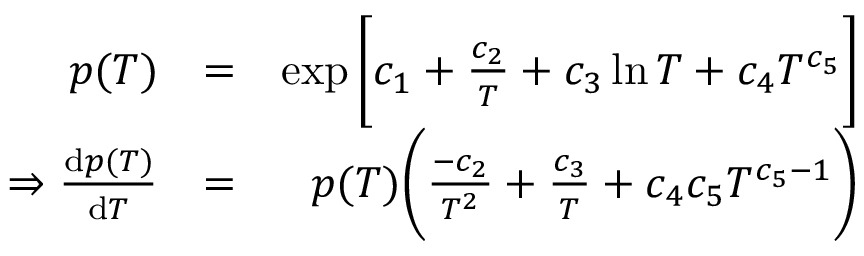
\begin{array} { r l r } { p ( T ) } & { = } & { \exp \bigg [ c _ { 1 } + \frac { c _ { 2 } } { T } + c _ { 3 } \ln T + c _ { 4 } T ^ { c _ { 5 } } \bigg ] } \\ { \Rightarrow \frac { \mathrm { d } p ( T ) } { \mathrm { d } T } } & { = } & { p ( T ) \bigg ( \frac { - c _ { 2 } } { T ^ { 2 } } + \frac { c _ { 3 } } { T } + c _ { 4 } c _ { 5 } T ^ { c _ { 5 } - 1 } \bigg ) } \end{array}